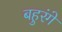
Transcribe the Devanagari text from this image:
बहुरंगे